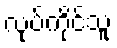
လုပ်ကိုင်သူ